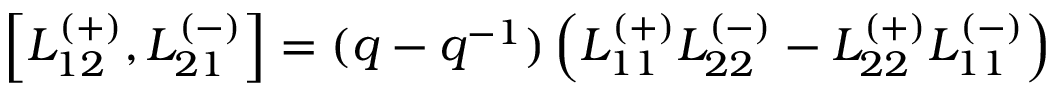
\left[ L _ { 1 2 } ^ { ( + ) } , L _ { 2 1 } ^ { ( - ) } \right] = ( q - q ^ { - 1 } ) \left( L _ { 1 1 } ^ { ( + ) } L _ { 2 2 } ^ { ( - ) } - L _ { 2 2 } ^ { ( + ) } L _ { 1 1 } ^ { ( - ) } \right)